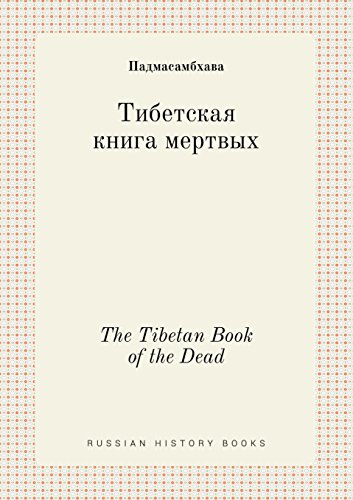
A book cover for The Tibetan Book of the Dead (Russian Edition); Padmasambhava; Religion & Spirituality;